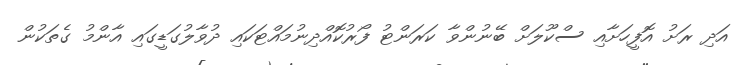
އަދި ރަށު އޮފީހަށާއި ސްކޫލަށް ބޭނުންވާ ކަރަންޓު ފޯރުކޮއްދިނުމައްޓަކައި ދުވާލުގަޑީގައި އާންމު ގެތަކުން